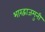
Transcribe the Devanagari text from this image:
भारद्वाजमुनी